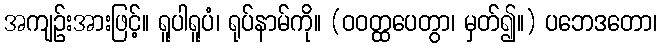
အကျဉ်းအားဖြင့်။ ရူပါရူပံ၊ ရုပ်နာမ်ကို။ (ဝဝတ္ထပေတွာ၊ မှတ်၍။) ပဘေဒတော၊